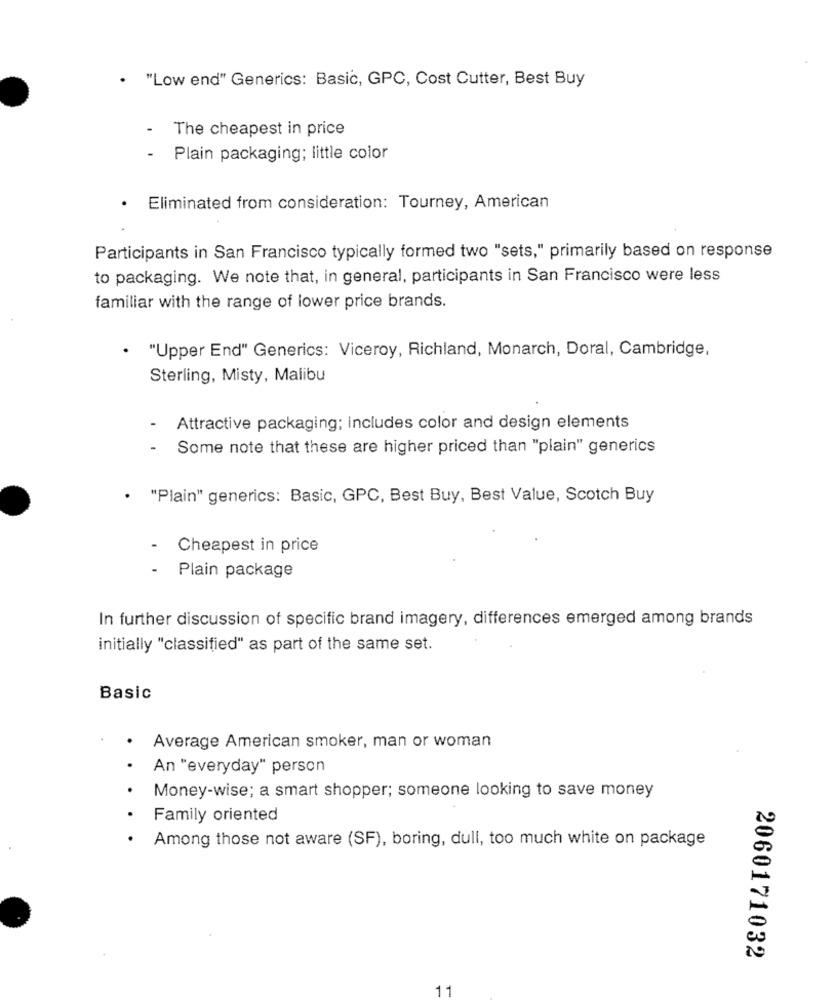
. "Low end" Generics: Basic, GPC, Cost Cutter, Best Buy
The cheapest in price
- Plain packaging; little color
Eliminated from consideration: Tourney, American
Participants in San Francisco typically formed two "sets," primarily based on response
to packaging. We note that, in general, participants in San Francisco were less
familiar with the range of lower price brands.
"Upper End" Generics: Viceroy, Richland, Monarch, Doral, Cambridge,
Sterling, Misty, Malibu
Attractive packaging; includes color and design elements
-
Some note that these are higher priced than "plain" generics
· "Plain" generics: Basic, GPC, Best Buy, Best Value, Scotch Buy
Cheapest in price
-
Plain package
In further discussion of specific brand imagery, differences emerged among brands
initially "classified" as part of the same set.
Basic
.
Average American smoker, man or woman
An "everyday" person
Money-wise; a smart shopper; someone looking to save money
Family oriented
· Among those not aware (SF), boring, dull, too much white on package
2060171032
11